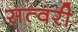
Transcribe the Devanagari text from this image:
सत्वरी